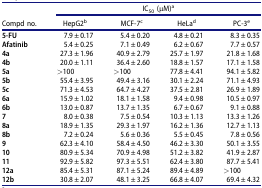
<table><thead><tr><td><b> </b></td><td colspan="4"><b>IC<sub>50</sub> (μM)<sup>a</sup></b></td></tr><tr><td><b>Compd no.</b></td><td><b>HepG2<sup>b</sup></b></td><td><b>MCF-7<sup>c</sup></b></td><td><b>HeLa<sup>d</sup></b></td><td><b>PC-3<sup>e</sup></b></td></tr></thead><tbody><tr><td><b>5-FU</b></td><td>7.9 ± 0.17</td><td>5.4 ± 0.20</td><td>4.8 ± 0.21</td><td>8.3 ± 0.35</td></tr><tr><td><b>Afatinib</b></td><td>5.4 ± 0.25</td><td>7.1 ± 0.49</td><td>6.2 ± 0.67</td><td>7.7 ± 0.57</td></tr><tr><td><b>4a</b></td><td>27.3 ± 1.96</td><td>40.9 ± 2.79</td><td>25.7 ± 1.97</td><td>21.8 ± 1.68</td></tr><tr><td><b>4b</b></td><td>20.0 ± 1.11</td><td>36.4 ± 2.60</td><td>18.8 ± 1.57</td><td>17.1 ± 1.58</td></tr><tr><td><b>5a</b></td><td>&gt;100</td><td>&gt;100</td><td>77.8 ± 4.41</td><td>94.1 ± 5.82</td></tr><tr><td><b>5b</b></td><td>55.4 ± 3.95</td><td>49.4 ± 3.16</td><td>30.1 ± 2.24</td><td>71.1 ± 4.93</td></tr><tr><td><b>5c</b></td><td>71.3 ± 4.53</td><td>64.7 ± 4.27</td><td>37.5 ± 2.81</td><td>26.9 ± 1.89</td></tr><tr><td><b>6a</b></td><td>15.9 ± 1.02</td><td>18.1 ± 1.58</td><td>9.4 ± 0.98</td><td>10.5 ± 0.97</td></tr><tr><td><b>6b</b></td><td>13.0 ± 0.87</td><td>13.7 ± 1.35</td><td>6.7 ± 0.67</td><td>9.1 ± 0.88</td></tr><tr><td><b>7</b></td><td>8.0 ± 0.38</td><td>7.5 ± 0.54</td><td>10.3 ± 1.13</td><td>13.3 ± 1.26</td></tr><tr><td><b>8a</b></td><td>18.9 ± 1.35</td><td>29.3 ± 1.97</td><td>16.2 ± 1.36</td><td>12.7 ± 1.13</td></tr><tr><td><b>8b</b></td><td>7.2 ± 0.24</td><td>5.6 ± 0.36</td><td>5.5 ± 0.45</td><td>7.8 ± 0.56</td></tr><tr><td><b>9</b></td><td>62.3 ± 4.10</td><td>58.4 ± 4.50</td><td>46.2 ± 3.30</td><td>50.1 ± 3.55</td></tr><tr><td><b>10</b></td><td>80.9 ± 5.34</td><td>70.9 ± 4.98</td><td>51.2 ± 3.82</td><td>41.9 ± 2.87</td></tr><tr><td><b>11</b></td><td>92.9 ± 5.82</td><td>97.3 ± 5.51</td><td>62.4 ± 3.80</td><td>87.7 ± 5.41</td></tr><tr><td><b>12a</b></td><td>85.4 ± 5.31</td><td>87.1 ± 5.24</td><td>89.4 ± 4.89</td><td>&gt;100</td></tr><tr><td><b>12b</b></td><td>30.8 ± 2.07</td><td>48.1 ± 3.25</td><td>66.8 ± 4.07</td><td>69.4 ± 4.32</td></tr></tbody></table>